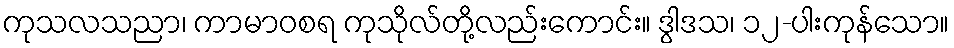
ကုသလသညာ၊ ကာမာဝစရ ကုသိုလ်တို့လည်းကောင်း။ ဒွါဒသ၊ ၁၂-ပါးကုန်သော။